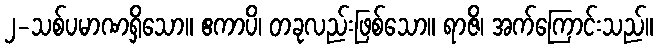
၂-သစ်ပမာဏရှိသော။ ဧကာပိ၊ တခုလည်းဖြစ်သော။ ရာဇိ၊ အက်ကြောင်းသည်။